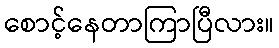
စောင့်နေတာကြာပြီလား။